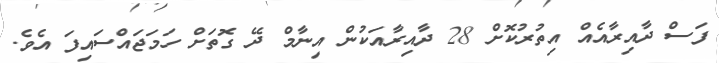
ފަސް ދާއިރާއެއް އިތުރުކޮށް 28 ދާއިރާއަކުން އިނާމް ދޭ ގޮތަށް ހަމަޖައްސައިފަ އެވެ.